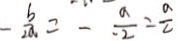
- \frac { b } { 2 a } = - \frac { a } { - 2 } = \frac { a } { 2 }